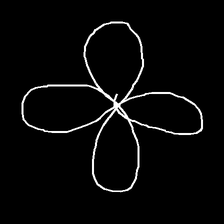
Glyph: billowing